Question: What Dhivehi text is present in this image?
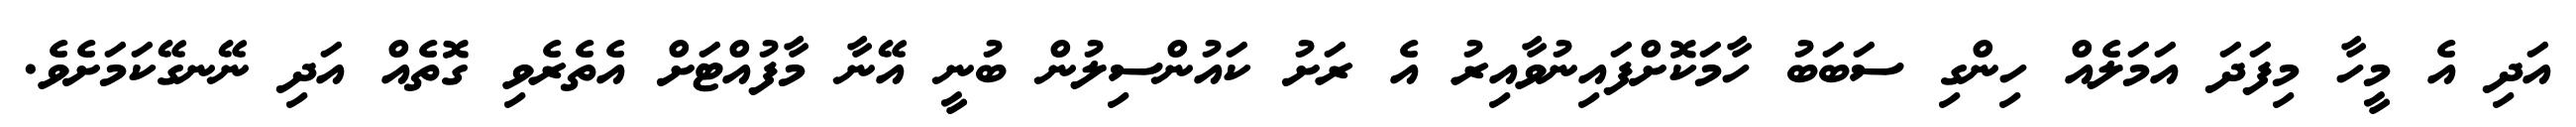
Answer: އަދި އެ މީހާ މިފަދަ އަމަލެއް ހިންގި ސަބަބު ހާމަކޮށްފައިނުވާއިރު އެ ރަށު ކައުންސިލުން ބުނީ އޭނާ މާފުއްޓަށް އެތެރެވި ގޮތެއް އަދި ނޭނގޭކަމަށެވެ.